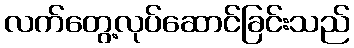
လက်တွေ့လုပ်ဆောင်ခြင်းသည်